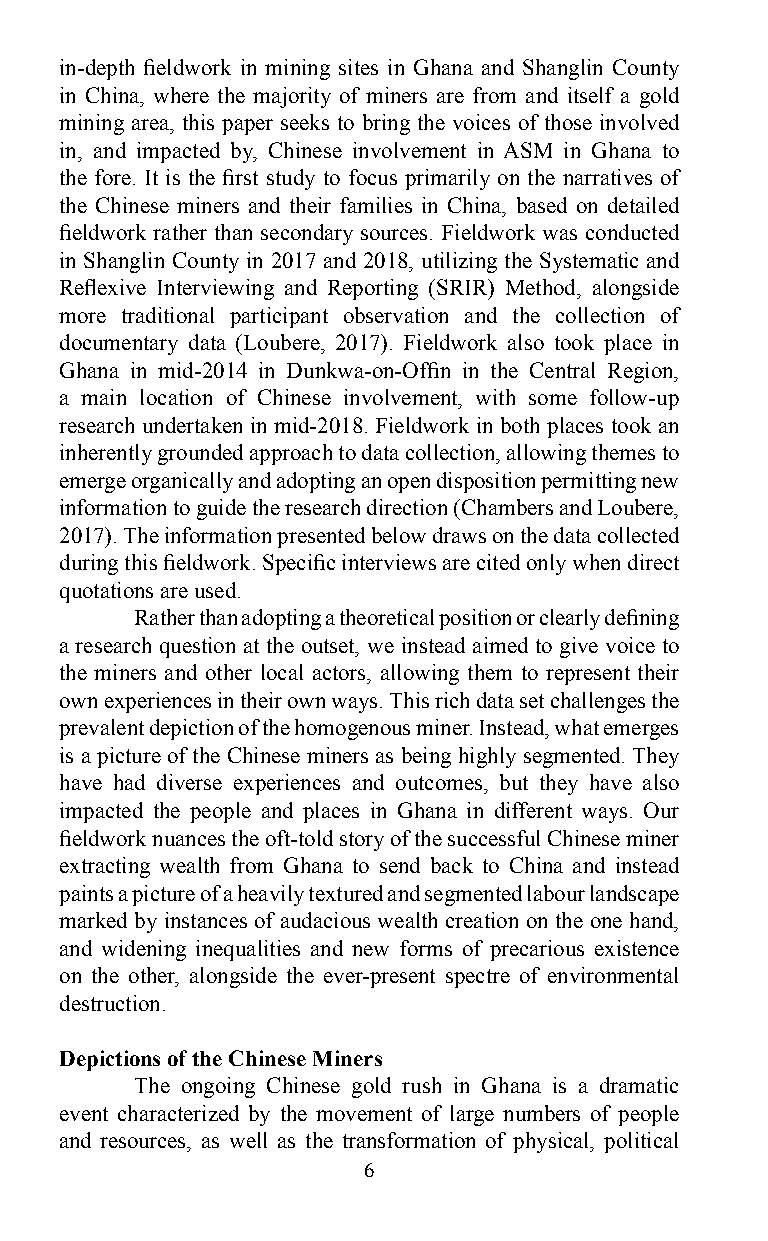
in-depth fieldwork in mining sites in Ghana and Shanglin County
 in China, where the majority of miners are from and itself a gold
 mining area, this paper seeks to bring the voices of those involved
 in, and impacted by, Chinese involvement in ASM in Ghana to
 the fore. It is the first study to focus primarily on the narratives of
 the Chinese miners and their families in China, based on detailed
 fieldwork rather than secondary sources. Fieldwork was conducted
 in Shanglin County in 2017 and 2018, utilizing the Systematic and
 Reflexive Interviewing and Reporting (SRIR) Method, alongside
 more traditional participant observation and the collection of
 documentary data (Loubere, 2017). Fieldwork also took place in
 Ghana in mid-2014 in Dunkwa-on-Offin in the Central Region,
 a main location of Chinese involvement, with some follow-up
 research undertaken in mid-2018. Fieldwork in both places took an
 inherently grounded approach to data collection, allowing themes to
 emerge organically and adopting an open disposition permitting new
 information to guide the research direction (Chambers and Loubere,
 2017). The information presented below draws on the data collected
 during this fieldwork. Specific interviews are cited only when direct
 quotations are used.
 Rather than adopting a theoretical position or clearly defining
 a research question at the outset, we instead aimed to give voice to
 the miners and other local actors, allowing them to represent their
 own experiences in their own ways. This rich data set challenges the
 prevalent depiction of the homogenous miner. Instead, what emerges
 is a picture of the Chinese miners as being highly segmented. They
 have had diverse experiences and outcomes, but they have also
 impacted the people and places in Ghana in different ways. Our
 fieldwork nuances the oft-told story of the successful Chinese miner
 extracting wealth from Ghana to send back to China and instead
 paints a picture of a heavily textured and segmented labour landscape
 marked by instances of audacious wealth creation on the one hand,
 and widening inequalities and new forms of precarious existence
 on the other, alongside the ever-present spectre of environmental
 destruction.
 Depictions of the Chinese Miners
 The ongoing Chinese gold rush in Ghana is a dramatic
 event characterized by the movement of large numbers of people
 and resources, as well as the transformation of physical, political
 6